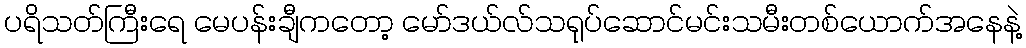
ပရိသတ်ကြီးရေ မေပန်းချီကတော့ မော်ဒယ်လ်သရုပ်ဆောင်မင်းသမီးတစ်ယောက်အနေနဲ့